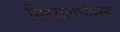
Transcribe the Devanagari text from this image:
मिथ्यागर्भावस्था